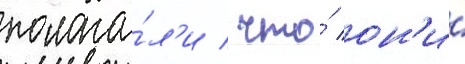
полага́л'и / что́ он'и́